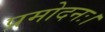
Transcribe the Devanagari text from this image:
प्रमोदनः।